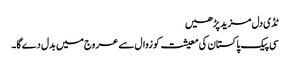
ٹڈی دل مزید پڑھیں
سی پیک پاکستان کی معیشت کو زوال سے عروج میں بدل دےگا۔